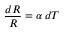
{ \frac { d R } { R } } = \alpha \, d T